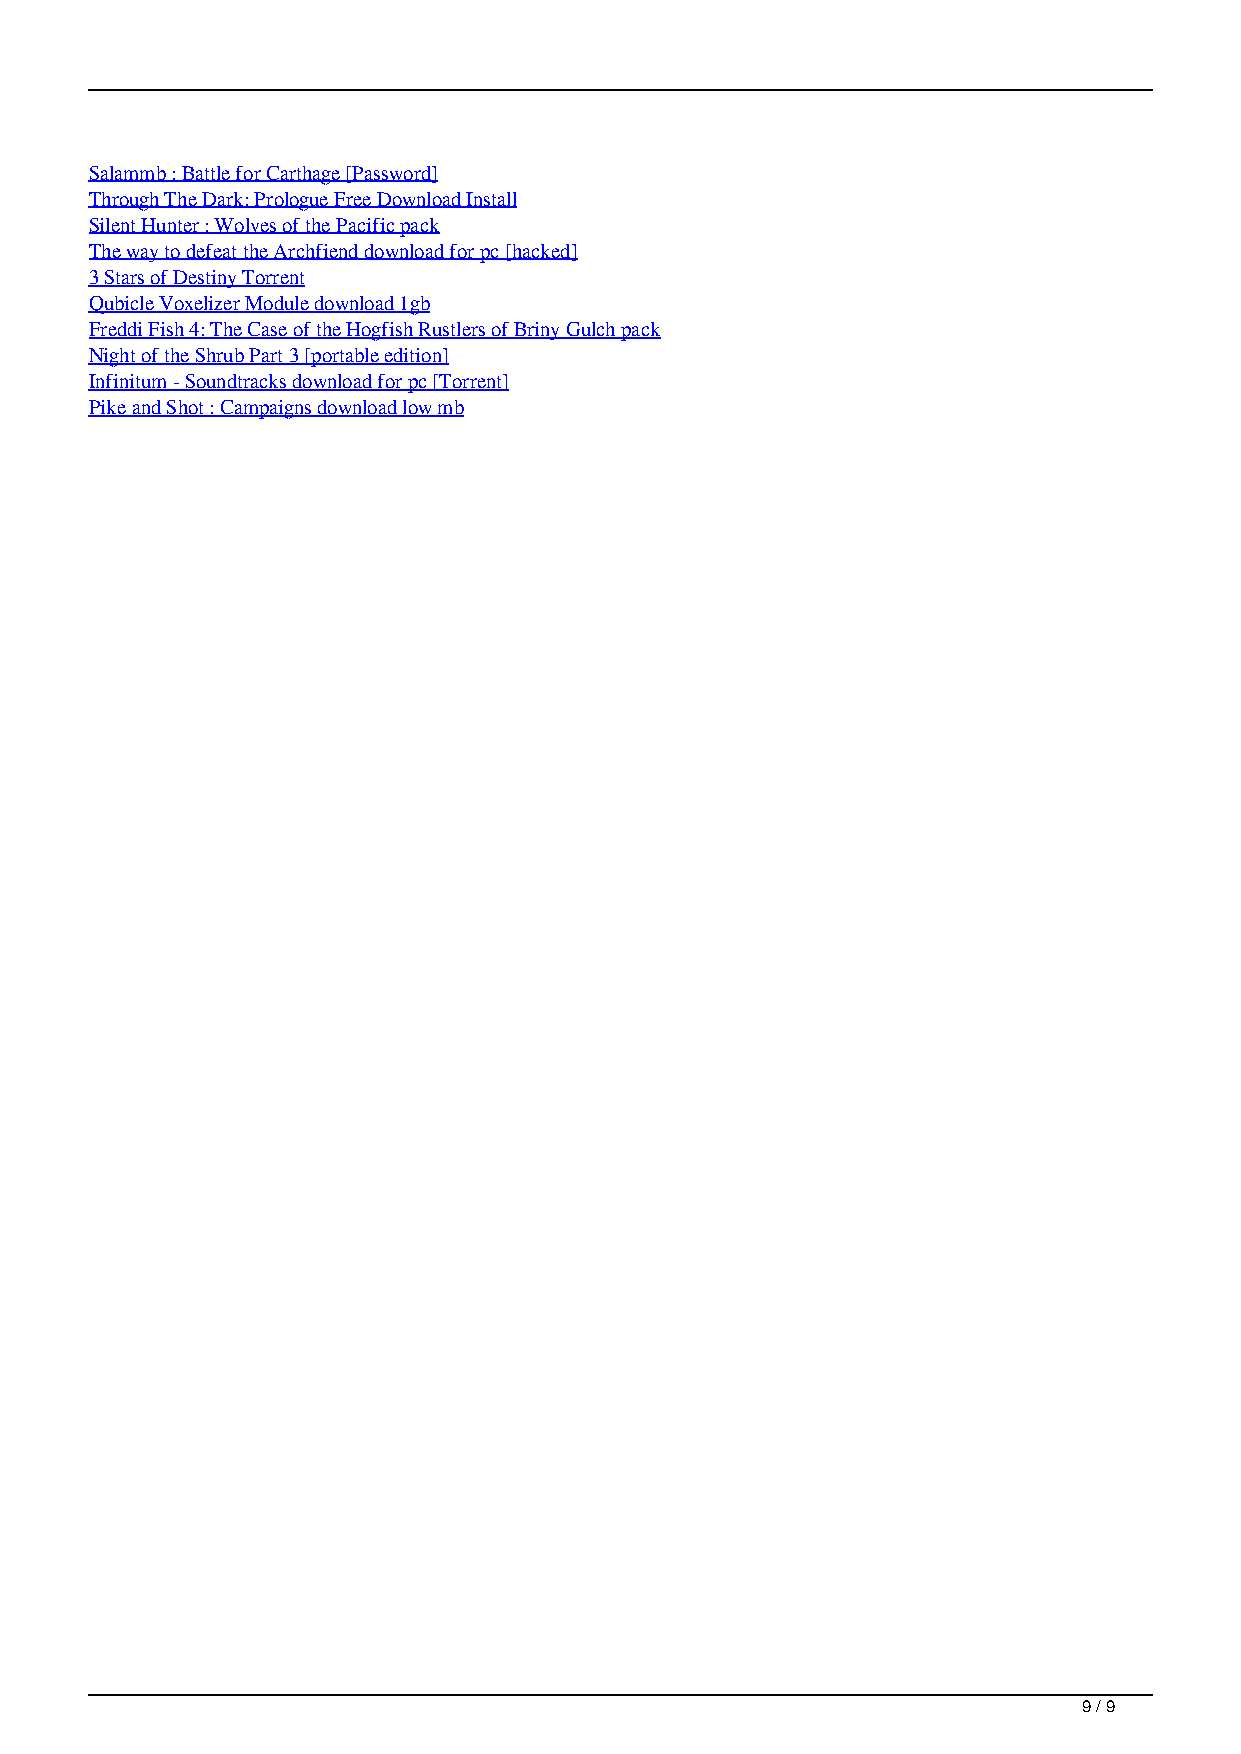
Salammb : Battle for Carthage [Password]
 Through The Dark: Prologue Free Download Install
 Silent Hunter : Wolves of the Pacific pack
 The way to defeat the Archfiend download for pc [hacked]
 3 Stars of Destiny Torrent
 Qubicle Voxelizer Module download 1gb
 Freddi Fish 4: The Case of the Hogfish Rustlers of Briny Gulch pack
 Night of the Shrub Part 3 [portable edition]
 Infinitum - Soundtracks download for pc [Torrent]
 Pike and Shot : Campaigns download low mb
 9 / 9
 One Helluva Day Crack Gamehackstudios